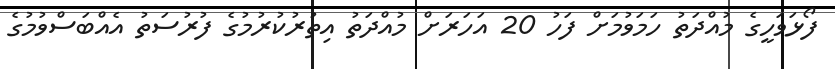
ފޯޅަވަހީގެ މުއްދަތު ހަމަވުމަށް ފަހު 20 އަހަރަށް މުއްދަތު އިތުރުކުރުމުގެ ފުރުސަތު އެއްބަސްވުމުގެ